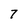
Character: 7